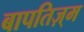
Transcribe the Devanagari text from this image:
बापतिज़्म